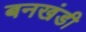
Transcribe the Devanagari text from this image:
बनखंडी